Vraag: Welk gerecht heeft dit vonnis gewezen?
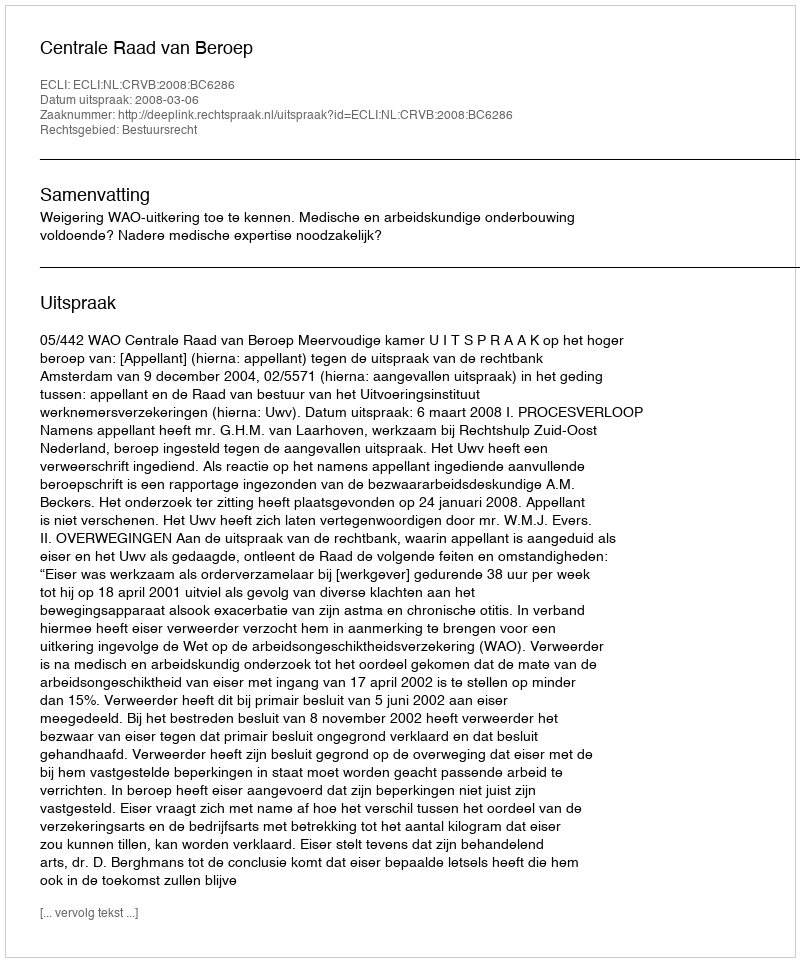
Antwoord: Centrale Raad van Beroep